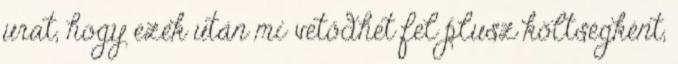
urat, hogy ezek után mi vetődhet fel plusz költségként,